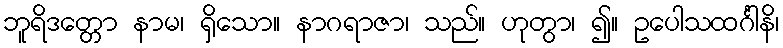
ဘူရိဒတ္တော နာမ၊ ရှိသော။ နာဂရာဇာ၊ သည်။ ဟုတွာ၊ ၍။ ဥပေါသထင်္ဂါနိ၊